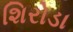
શિરોડા